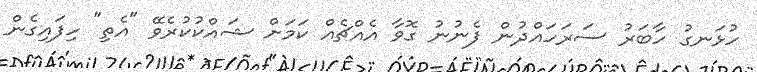
ހުޅަނގު ހާބަރު ސަރަހައްދުން ފެނުނު ގޮވާ އެއްޗެއް ކަމަށް ޝައްކުކުރެވޭ "އެތި" ހިފައިގެން